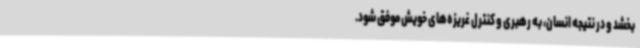
بخشد و در نتیجه انسان، به رهبری و کنترل غریزه‌های خویش موفق شود.